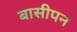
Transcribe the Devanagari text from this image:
बासीपन